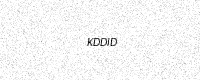
Text: KDDID